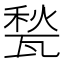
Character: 甃